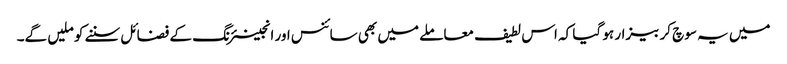
میں یہ سوچ کر بیزار ہو گیا کہ اس لطیف معاملے میں بھی سائنس اور انجینئرنگ کے فضائل سننے کو ملیں گے۔